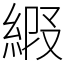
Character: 𦀩